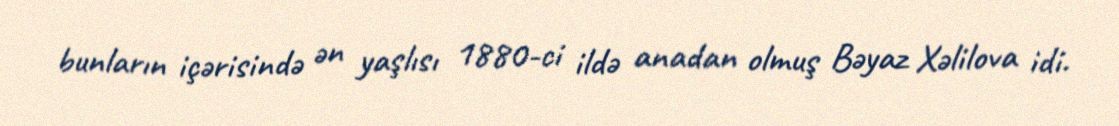
bunların içərisində ən yaşlısı 1880-ci ildə anadan olmuş Bəyaz Xəlilova idi.